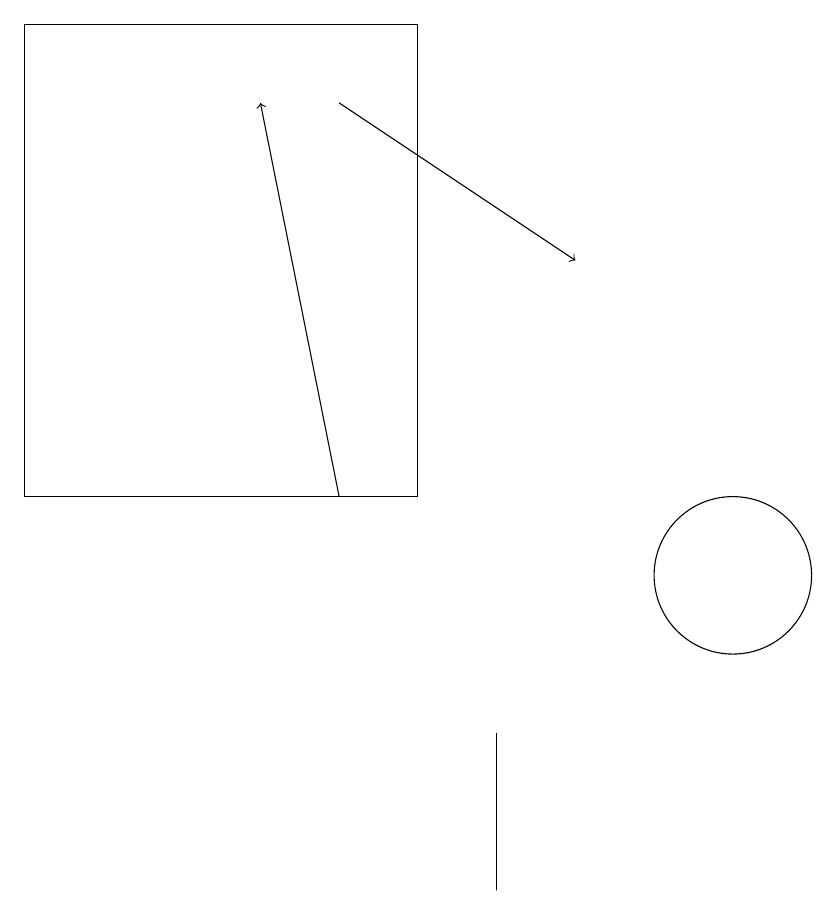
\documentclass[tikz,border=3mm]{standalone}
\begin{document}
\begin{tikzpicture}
\draw (7,7) -- (7,9) -- (7,9) -- cycle;
\draw[->] (5,17) -- (8,15);
\draw (6,12) rectangle (1,18);
\draw (10,11) circle (1);
\draw[->] (5,12) -- (4,17);
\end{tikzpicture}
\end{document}